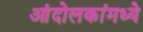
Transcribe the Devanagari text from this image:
आंदोलकांमध्ये